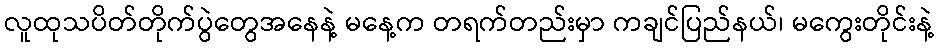
လူထုသပိတ်တိုက်ပွဲတွေအနေနဲ့ မနေ့က တရက်တည်းမှာ ကချင်ပြည်နယ်၊ မကွေးတိုင်းနဲ့